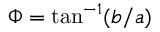
\Phi = \tan ^ { - 1 } ( b / a )